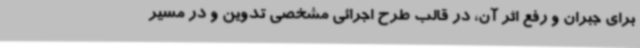
برای جبران و رفع اثر آن، در قالب طرح اجرائی مشخصی تدوین و در مسیر